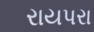
રાયપરા